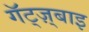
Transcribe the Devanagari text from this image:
गॅट्ज़्बाइ